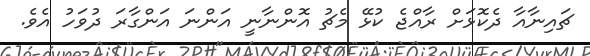
ޗައިނާއާ ދެކޮޅަށް ރާއްޖެ ކުޅޭ މެޗު އޮންނާނީ އަންނަ އަންގާރަ ދުވަހު އެވެ.